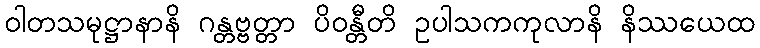
ဝါတသမုဋ္ဌာနာနိ ဂန္တဗ္ဗတ္တာ ပိဝန္တီတိ ဥပါသကကုလာနိ နိဿယေထ